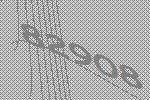
82908